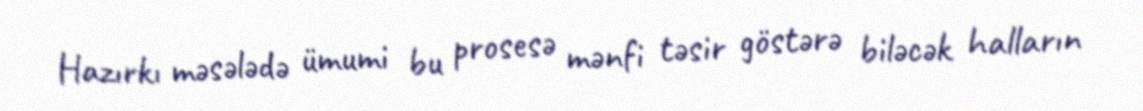
Hazırkı məsələdə ümumi bu prosesə mənfi təsir göstərə biləcək halların